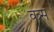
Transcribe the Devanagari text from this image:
वत्र्स